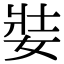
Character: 娤